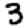
Digit: 3